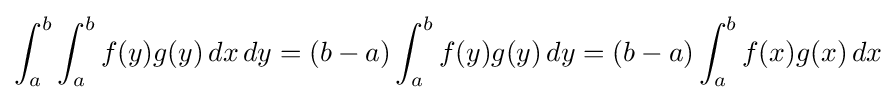
\int _{a}^{b}\int _{a}^{b}f(y)g(y)\,dx\,dy=(b-a)\int _{a}^{b}f(y)g(y)\,dy=(b-a)\int _{a}^{b}f(x)g(x)\,dx